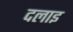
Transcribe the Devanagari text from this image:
दलाइ